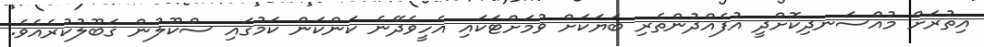
އިތުރަށް މުއްސަނދިކޮށްދީ އުފެއްދުންތެރި ބަޔަކަށް ވުމަށްޓަކައި އެހީވެދޭނެ ކަންކަން ކަމުގައި ސްކޫލުން ޤަބޫލުކުރެއެވެ.